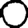
Digit: 0